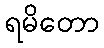
ရမိတော